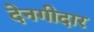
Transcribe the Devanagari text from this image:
देनगीदार